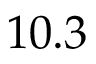
1 0 . 3